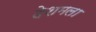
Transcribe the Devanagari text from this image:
देशमला